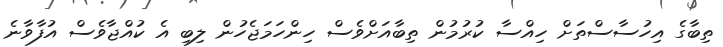
ތިބާގެ އިހުސާސްތަށް ހިއްސާ ކުރުމުން ތިބާއަށްވެސް ހިންހަމަޖެހުން ލިބި އެ ކުއްޖާވެސް އުފާވާނެ